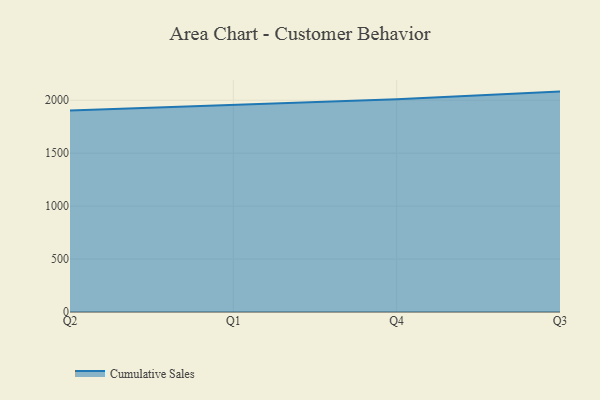
{"axis": {"x": "Quarter", "y": "Temperature (°C)"}, "legend": ["Cumulative Sales"], "data": [{"x": "Q2", "y": 1902.4, "type": "Cumulative Sales"}, {"x": "Q1", "y": 1956.7, "type": "Cumulative Sales"}, {"x": "Q4", "y": 2009.5, "type": "Cumulative Sales"}, {"x": "Q3", "y": 2081.6, "type": "Cumulative Sales"}]}